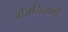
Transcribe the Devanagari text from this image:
वोज़नियाकी